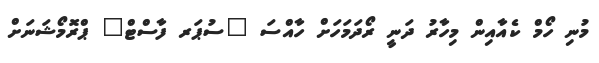
މުނި ހޯމް ކެއާއިން މިހާރު ދަނީ ރޯދަމަހަށް ހާއްސަ "ސުޕަރ ފާސްޓް" ޕްރޮމޯޝަނަށް